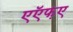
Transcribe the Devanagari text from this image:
एऍफ़ए